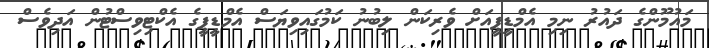
މައުމޫންގެ ދައުރު ނިމި އެމްޑީޕީއަށް ވެރިކަން ލިބުނު ކަމުގައިވިޔަސް އެމްޑީޕީގެ އެކްޓިވިސްޓުން އަދިވެސް